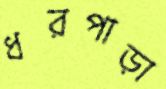
ধরপাড়া